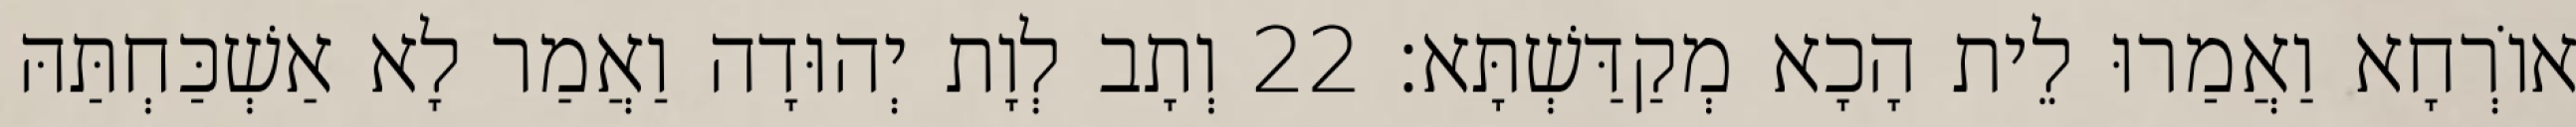
אוֹרְחָא וַאֲמַרוּ לֵית הָכָא מְקַדַּשְׁתָּא׃ 22 וְתָב לְוָת יְהוּדָה וַאֲמַר לָא אַשְׁכַּחְתַּהּ